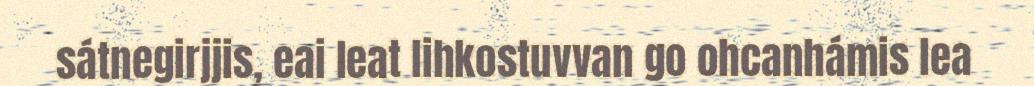
sátnegirjjis, eai leat lihkostuvvan go ohcanhámis lea